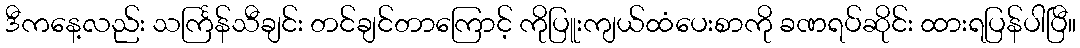
ဒီကနေ့လည်း သင်္ကြန်သီချင်း တင်ချင်တာကြောင့် ကိုပြူးကျယ်ထံပေးစာကို ခဏရပ်ဆိုင်း ထားရပြန်ပါပြီ။